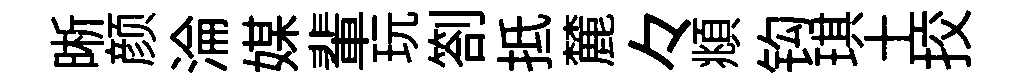
晰颜淪媒輩玩劄抵麓々頫钩琪土挍